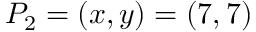
P _ { 2 } = ( x , y ) = ( 7 , 7 )